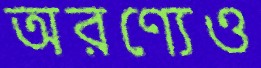
অরণ্যেও